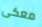
معكى